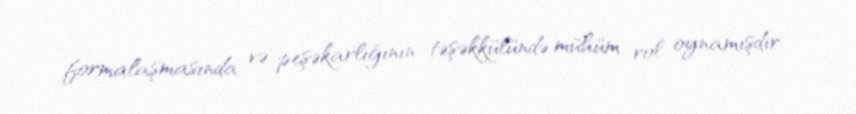
formalaşmasında və peşəkarlığının təşəkkülündə mühüm rol oynamışdır.